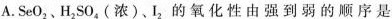
A.SeO_{2}、H_{2}SO_{4}(浓)、I_{2}的氧化性由强到弱的顺序是